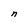
Character: n